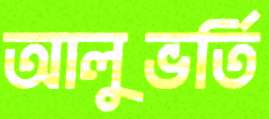
আলুভর্তি